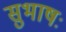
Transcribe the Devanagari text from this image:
सुभाषः